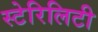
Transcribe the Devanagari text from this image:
स्टेरिलिटी